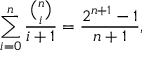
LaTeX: \sum _ { i = 0 } ^ { n } { \frac { \binom { n } { i } } { i + 1 } } = { \frac { 2 ^ { n + 1 } - 1 } { n + 1 } } ,